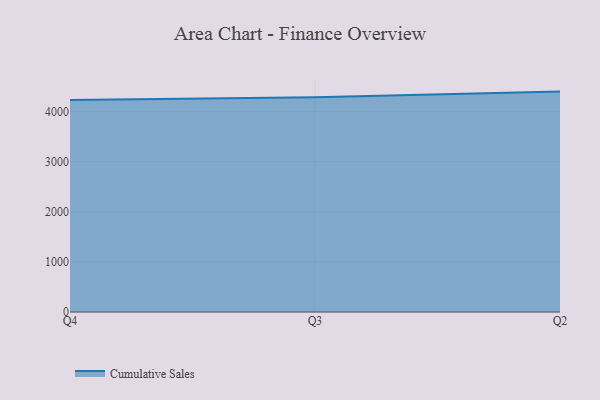
{"axis": {"x": "Quarter", "y": "Tickets Resolved"}, "legend": ["Cumulative Sales"], "data": [{"x": "Q4", "y": 4234.1, "type": "Cumulative Sales"}, {"x": "Q3", "y": 4287.5, "type": "Cumulative Sales"}, {"x": "Q2", "y": 4400.6, "type": "Cumulative Sales"}]}